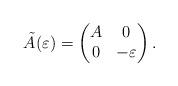
LaTeX: \begin{align*} \tilde{A}(\varepsilon) = \begin{pmatrix} A & 0 \\ 0 & -\varepsilon \\ \end{pmatrix}.\end{align*}